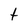
Character: t